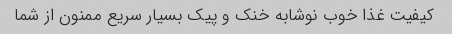
کیفیت غذا خوب نوشابه خنک و پیک بسیار سریع ممنون از شما